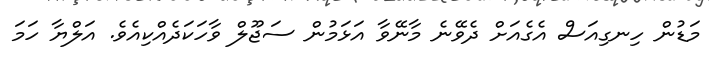
މަޑުން ހިނގިއަސް އެގެއަށް ދެވޭނެ މާނޭވާ އަޅަމުން ސަޖޫލް ވާހަކަދެއްކިއެވެ. އަލްޔާ ހަމަ